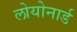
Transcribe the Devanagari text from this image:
लोयोनार्ड